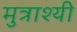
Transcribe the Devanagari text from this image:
मुत्राश्यी